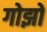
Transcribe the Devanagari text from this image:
गोझो